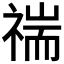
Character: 𥚻